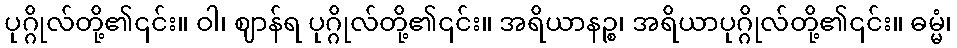
ပုဂ္ဂိုလ်တို့၏၎င်း။ ဝါ၊ ဈာန်ရ ပုဂ္ဂိုလ်တို့၏၎င်း။ အရိယာနဉ္စ၊ အရိယာပုဂ္ဂိုလ်တို့၏၎င်း။ ဓမ္မံ၊